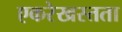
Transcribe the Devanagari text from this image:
एकरेखस्तता